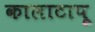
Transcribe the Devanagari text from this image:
कालाटापू